Indian Civil Veterinary Department memoirs
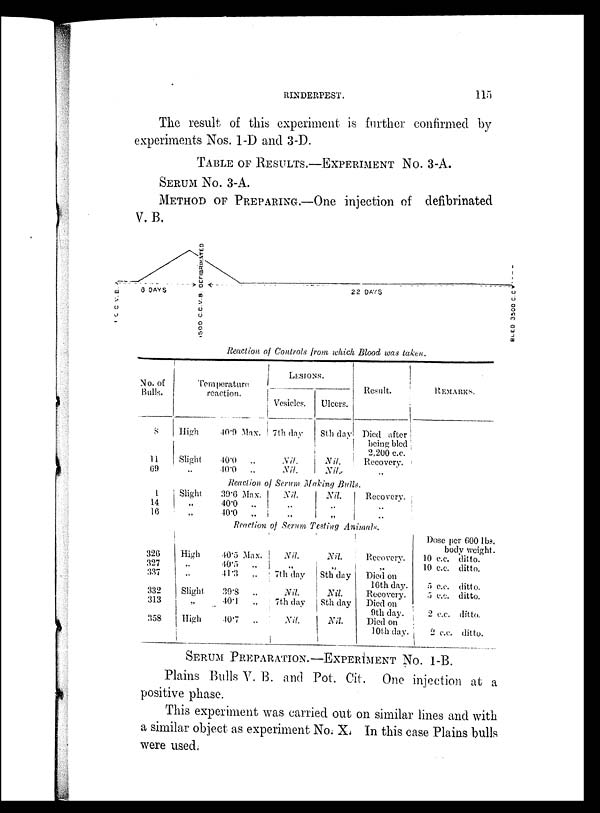
RINDERPEST.
115
The result of this experiment is further confirmed by
experiments Nos. 1-D and 3-D.
TABLE OF RESULTS.-EXPERIMENT NO. 3-A.
SERUM No. 3-A.
METHOD OF PREPARING.—One injection of defibrinated
V. B.
Reaction of Controls from which Blood was taken.
No. of
Bulls.
8
11
69
reaction.
High
Slight
..
40.9 Max.
40.0
„
40.0
„
LESIONS.
Vesicles
7th day
Nil.
Nil.
Ulcers.
8th day
Nil.
Nil.
Result.
Died after
being bled
2,200 c.c.
Recovery.
„
REMARKS.
Reaction of Serum Making Bulls.
1
14
16
326
327
337
332
313
358
Slight
„
„
High
„
„
Slight
„
High
39.6 Max.
40.0
„
40.0
„
Nil.
„
„
Nil.
„
„
Recovery.
„
„
Reaction of Serum Testing Animals.
40.5 Max.
40.5
„
41.3
„
39.8
„
40.1
„
40.7
„
Nil.
„
7th day
Nil.
7th day
Nil
Nil.
8th day
Nil.
8th day
Nil.
Recovery.
„
Died on
16th day.
Recovery.
Died on
9th day.
Died on
10th day.
Dose per 600 lbs.
body weight.
10 c.c. ditto.
10 c.c. ditto.
5 c.c. ditto.
5 c.c. ditto.
2 c.c. ditto.
2 c.c. ditto.
SERUM PREPARATION. –EXPERIMENT NO. 1-B.
Plains Bulls V. B. and Pot. Cit. One injection at a
positive phase.
This experiment was carried out on similar lines and with
a similar object as experiment No. X. In this case Plains bulls
were used.